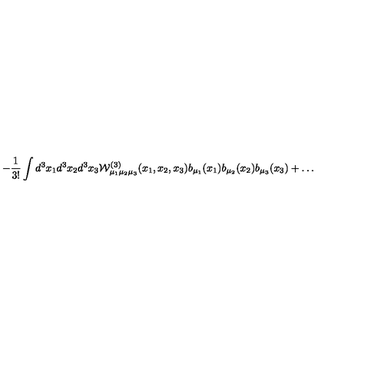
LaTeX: \, - \frac { 1 } { 3 ! } \int d ^ { 3 } x _ { 1 } d ^ { 3 } x _ { 2 } d ^ { 3 } x _ { 3 } { \mathcal W } _ { \mu _ { 1 } \mu _ { 2 } \mu _ { 3 } } ^ { ( 3 ) } ( x _ { 1 } , x _ { 2 } , x _ { 3 } ) b _ { \mu _ { 1 } } ( x _ { 1 } ) b _ { \mu _ { 2 } } ( x _ { 2 } ) b _ { \mu _ { 3 } } ( x _ { 3 } ) + \ldots